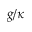
g / \kappa